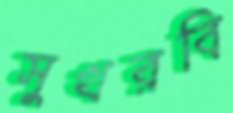
সুখরবি